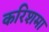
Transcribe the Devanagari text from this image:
करिशमा